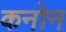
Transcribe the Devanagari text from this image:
कनोन